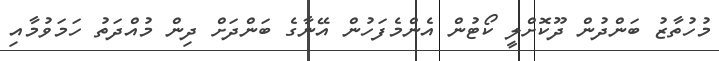
މުހުތާޒު ބަންދުން ދޫކޮށްލީ ކޯޓުން އެންމެފަހުން އޭނާގެ ބަންދަށް ދިން މުއްދަތު ހަމަވުމާއި